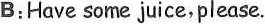
B:Have some juice,please.